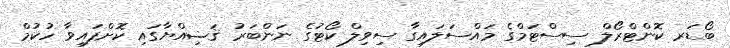
ބޯޑަރ ކޮންޓްރޯލް ސިސްޓަމްގެ މައްސަލައިގާ ސިވިލް ކޯޓުގެ ނަންބަރު ޤަޟިއްޔާގައި ކޮށްފައިވާ ހުކުމް